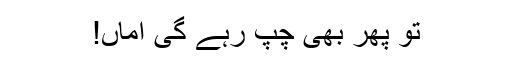
تو پھر بھی چپ رہے گی اماں!